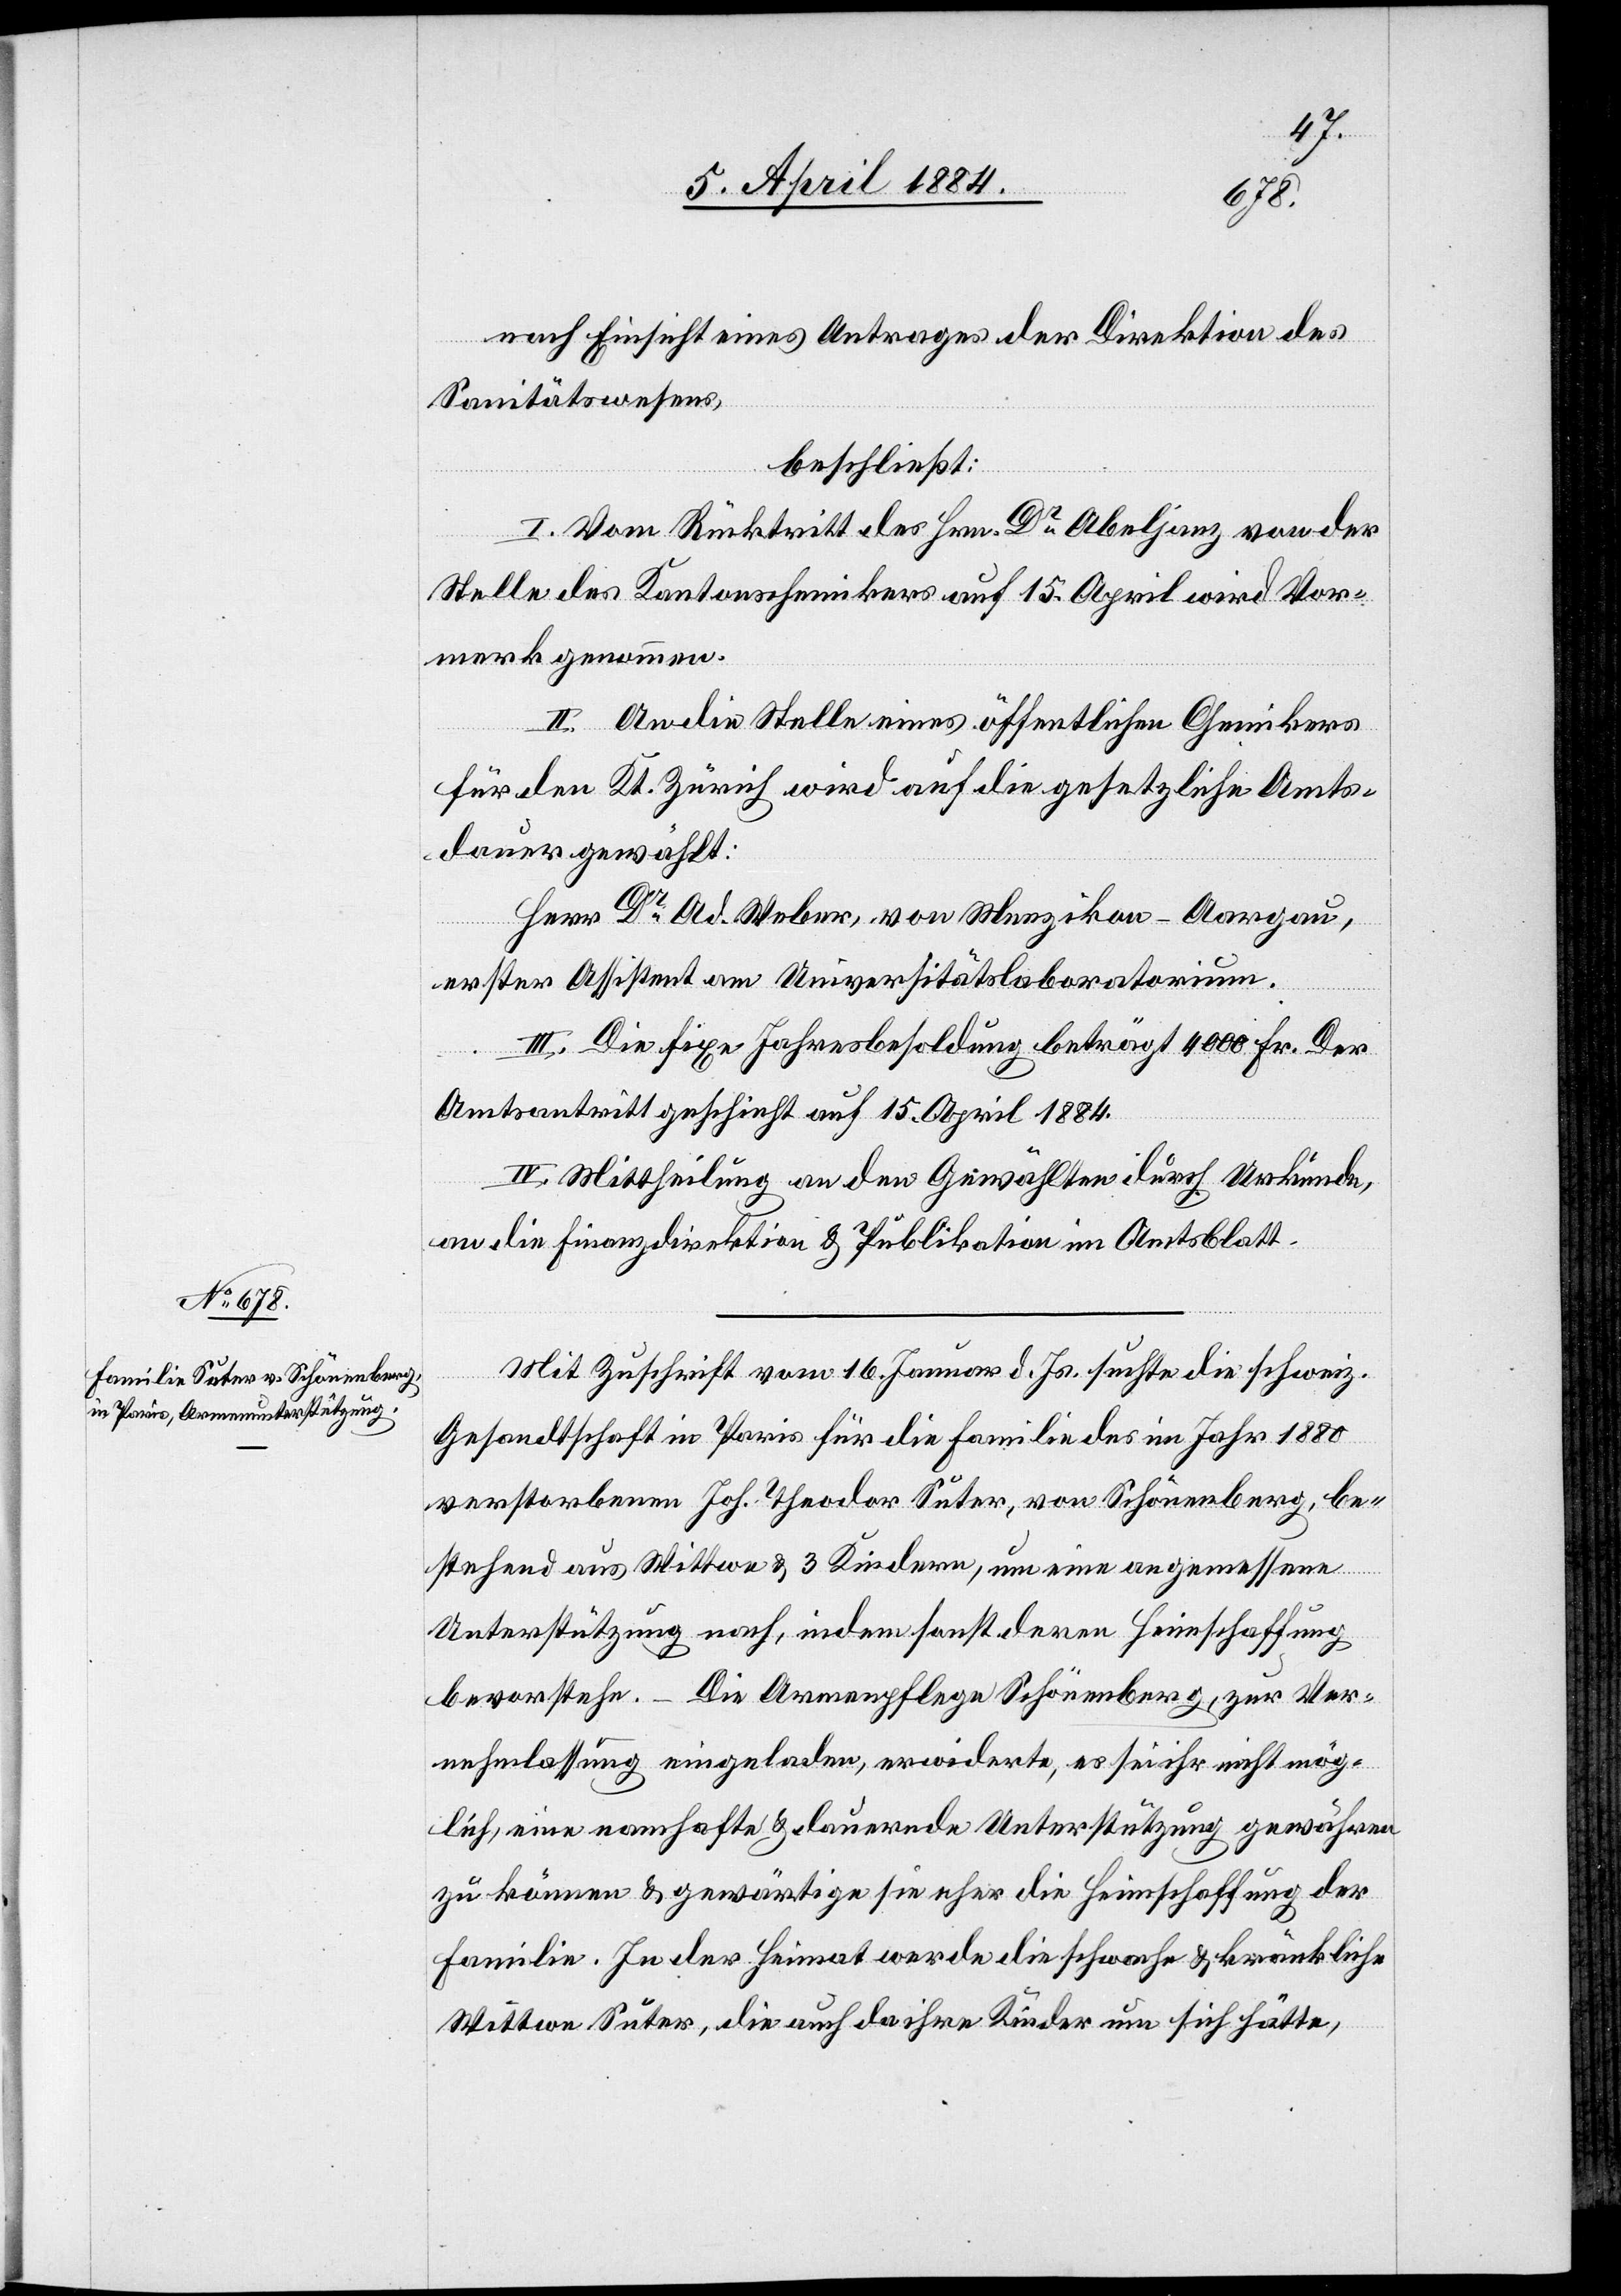
nach Einsicht eines Antrages der Direktion des
Sanitätswesens,
beschließt:
I. Vom Rücktritt des Hrn. Dr Abeljanz von der
Stelle des Kantonschemikers auf 15. April wird Vor¬
merk genommen.
II. An die Stelle eines öffentlichen Chemiker
für den Kt. Zürich wird auf die gesetzliche Amts¬
dauer gewählt:
Herr Dr Ad. Weber, von Menzikon - Aargau,
erster Assistent am Universitätslaboratorium.
III. Die fixe Jahresbesoldung beträgt 4000 Fr. Der
Amtsantritt geschieht auf 15. April 1884.
IV. Mittheilung an den Gewählten durch Urkunde,
an die Finanzdirektion & Publikation im Amtsblatt.
Mit Zuschrift vom 16. Januar d. Js. suchte die schweiz.
Gesandtschaft in Paris für die Familie des im Jahr 1880
verstorbenen Joh. Theodor Suter, von Schönenberg, be¬
stehend aus Wittwe & 3 Kindern, um eine angemessene
Unterstützung nach, indem sonst deren Heimschaffung
bevorstehe. Die Armenpflege Schönenberg, zur Ver¬
nehmlassung eingeladen, erwiederte, es sei ihr nicht mög¬
lich, eine namhafte & dauernde Unterstützung gewähren
zu können & gewärtige sie eher die Heimschaffung der
Familie. In der Heimat werde die schwache & kränkliche
Wittwe Suter, die auch da ihre Kinder um sich hätte,